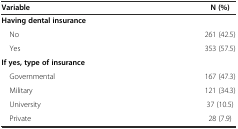
<table><thead><tr><td><b>Variable</b></td><td><b>N (%)</b></td></tr></thead><tbody><tr><td><b>Having dental insurance</b></td><td></td></tr><tr><td> No</td><td>261 (42.5)</td></tr><tr><td> Yes</td><td>353 (57.5)</td></tr><tr><td><b>If yes,</b><b>type of insurance</b></td><td></td></tr><tr><td> Governmental</td><td>167 (47.3)</td></tr><tr><td> Military</td><td>121 (34.3)</td></tr><tr><td> University</td><td>37 (10.5)</td></tr><tr><td> Private</td><td>28 (7.9)</td></tr></tbody></table>